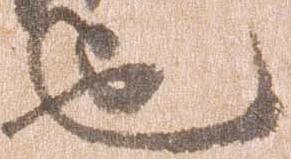
也